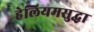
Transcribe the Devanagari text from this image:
हेलियमसुद्धा